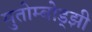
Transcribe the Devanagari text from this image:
मुतोम्बोड्झी